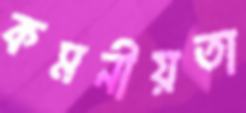
কমনীয়তা